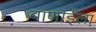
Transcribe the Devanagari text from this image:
बाणाईला